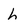
Character: h